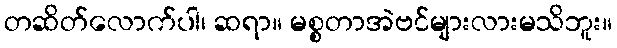
တဆိတ်လောက်ပါ၊ ဆရာ။ မစ္စတာအဲဗင်များလားမသိဘူး။